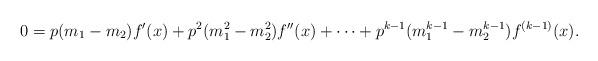
LaTeX: \begin{align*} 0 = p(m_1 - m_2)f'(x) + p^2(m_1^2 - m_2^2)f''(x) + \cdots + p^{k-1}(m_1^{k-1} - m_2^{k-1})f^{(k-1)}(x). \end{align*}